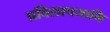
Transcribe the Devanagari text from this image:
प्रविलापयामि